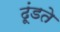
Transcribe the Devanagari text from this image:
ढूंडते